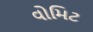
વોમિટ